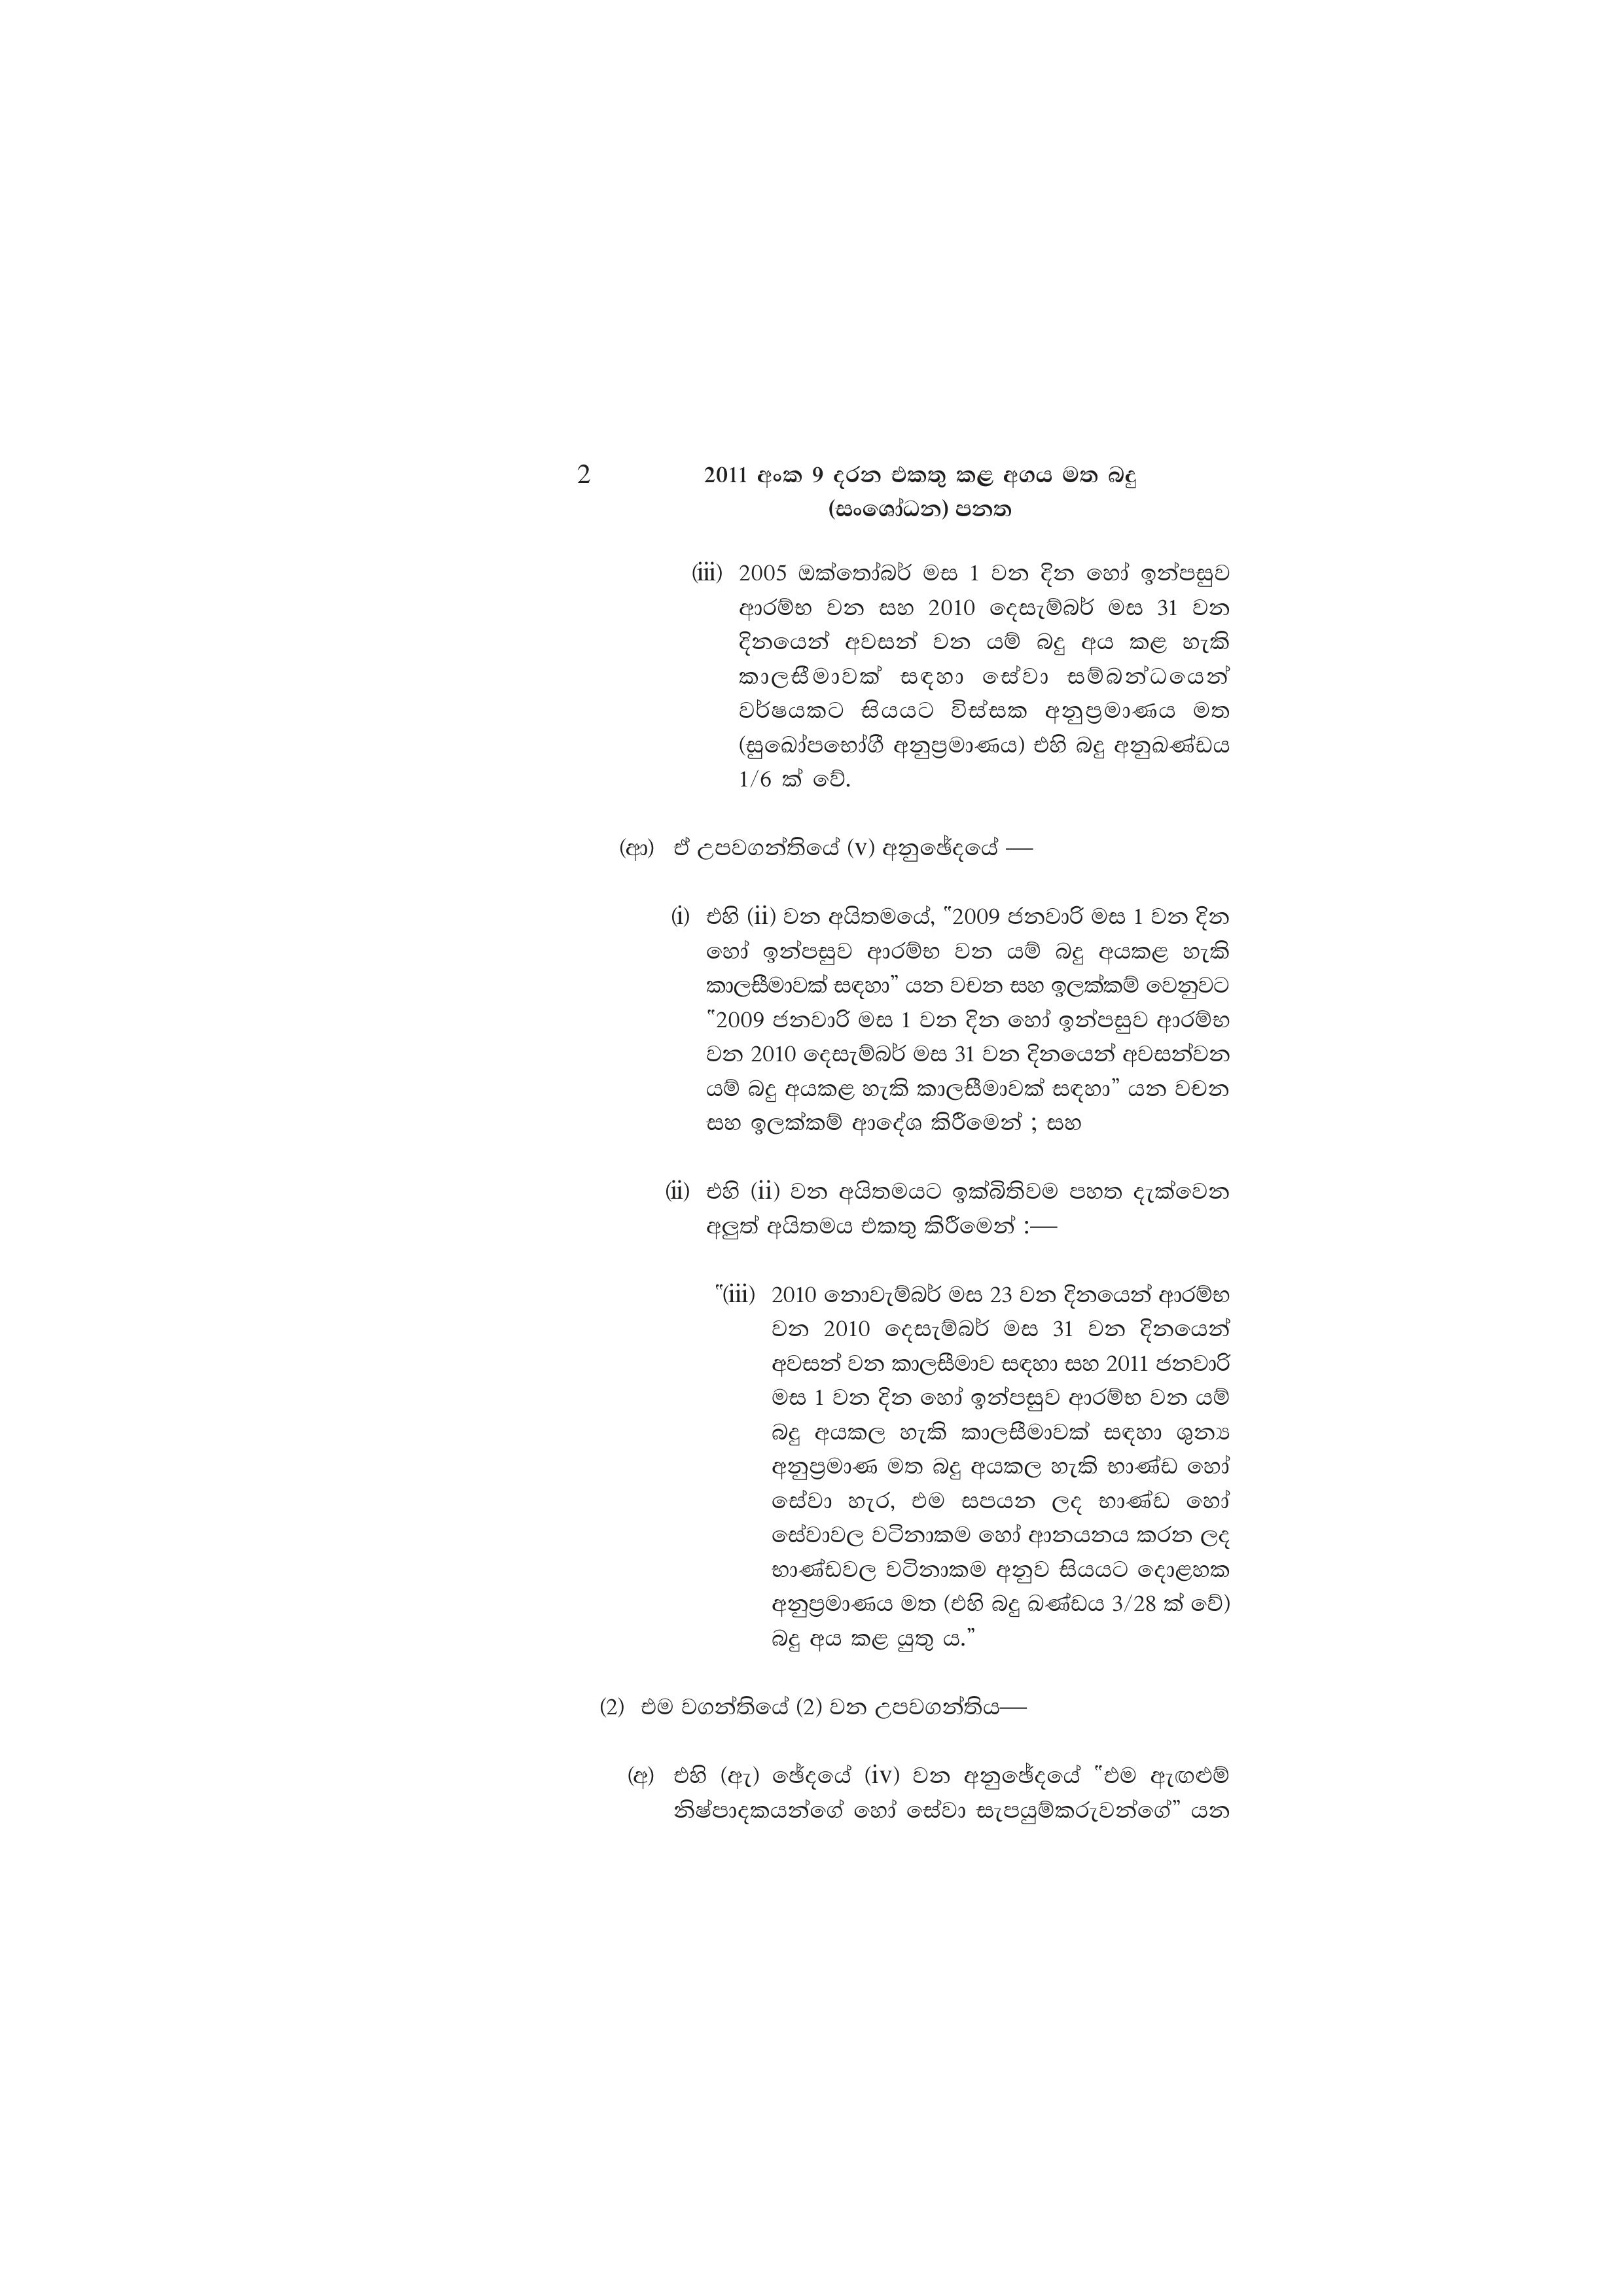
2  2011 අංක 9 දරන එකතු කළ අගය මත බදු
(සංශෝධන) පනත

(iii) 2005 ඔක්තෝබර් මස 1 වන දින හෝ ඉන්පසුව
ආරම්භ වන සහ 2010 දෙසැම්බර් මස 31 වන
දිනයෙන් අවසන් වන යම් බදු අය කළ හැකි
කාලසීමාවක් සඳහා සේවා සම්බන්ධයෙන්
වර්ෂයකට සියයට විස්සක අනුප්‍රමාණය මත
(සුඛෝපභෝගී අනුප්‍රමාණය) එහි බදු අනුඛණ්ඩය
1/6 ක් වේ.

(ආ) ඒ උපවගන්තියේ (v) අනුඡේදයේ -

(1) එහි (ii) වන අයිතමයේ, "2009 ජනවාරි මස 1 වන දින
හෝ ඉන්පසුව ආරම්භ වන යම් බදු අයකළ හැකි
කාලසීමාවක් සඳහා” යන වචන සහ ඉලක්කම් වෙනුවට
"2009 ජනවාරි මස 1 වන දින හෝ ඉන්පසුව ආරම්භ
වන 2010 දෙසැම්බර් මස 31 වන දිනයෙන් අවසන්වන
යම් බදු අයකළ හැකි කාලසීමාවක් සඳහා” යන වචන
සහ ඉලක්කම් ආදේශ කිරීමෙන් ; සහ

(ii) එහි (ii) වන අයිතමයට ඉක්බිතිවම පහත දැක්වෙන
අලුත් අයිතමය එකතු කිරීමෙන් :-

“(iii) 2010 නොවැම්බර් මස 23 වන දිනයෙන් ආරම්භ
වන 2010 දෙසැම්බර් මස 31 වන දිනයෙන්
අවසන් වන කාලසීමාව සඳහා සහ 2011 ජනවාරි
මස 1 වන දින හෝ ඉන්පසුව ආරම්භ වන යම්
බදු අයකල හැකි කාලසීමාවක් සඳහා ශුන්‍ය
අනුප්‍රමාණ මත බදු අයකල හැකි භාණ්ඩ හෝ
සේවා හැර, එම සපයන ලද භාණ්ඩ හෝ
සේවාවල වටිනාකම හෝ ආනයනය කරන ලද
භාණ්ඩවල වටිනාකම අනුව සියයට දොළහක
අනුප්‍රමාණය මත (එහි බදු ඛණ්ඩය 3/28 ක් වේ)
බදු අය කළ යුතු ය.”

(2) එම වගන්තියේ (2) වන උපවගන්තිය—

(අ) එහි (ඇ) ඡේදයේ (iv) වන අනුඡේදයේ "එම ඇගළුම්
නිෂ්පාදකයන්ගේ හෝ සේවා සැපයුම්කරුවන්ගේ” යන